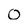
Character: 0